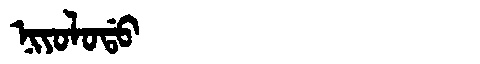
Manchu: ᠨᡳᠶᠣᠯᠣᡩᠣ
Romanization: NIYOLODO